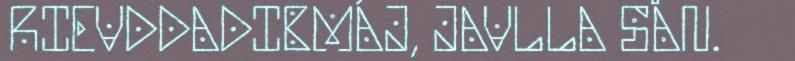
RIEVDDADIBMÁJ, JAVLLA SÅN.